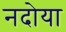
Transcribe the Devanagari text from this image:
नदोया